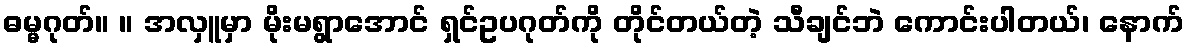
ဓမ္မဂုတ်။ ။ အလှူမှာ မိုးမရွာအောင် ရှင်ဥပဂုတ်ကို တိုင်တယ်တဲ့ သီချင်ဘဲ ကောင်းပါတယ်၊ နောက်